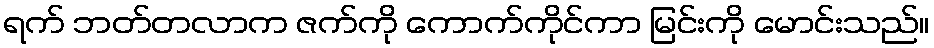
ရက် ဘတ်တလာက ဇက်ကို ကောက်ကိုင်ကာ မြင်းကို မောင်းသည်။